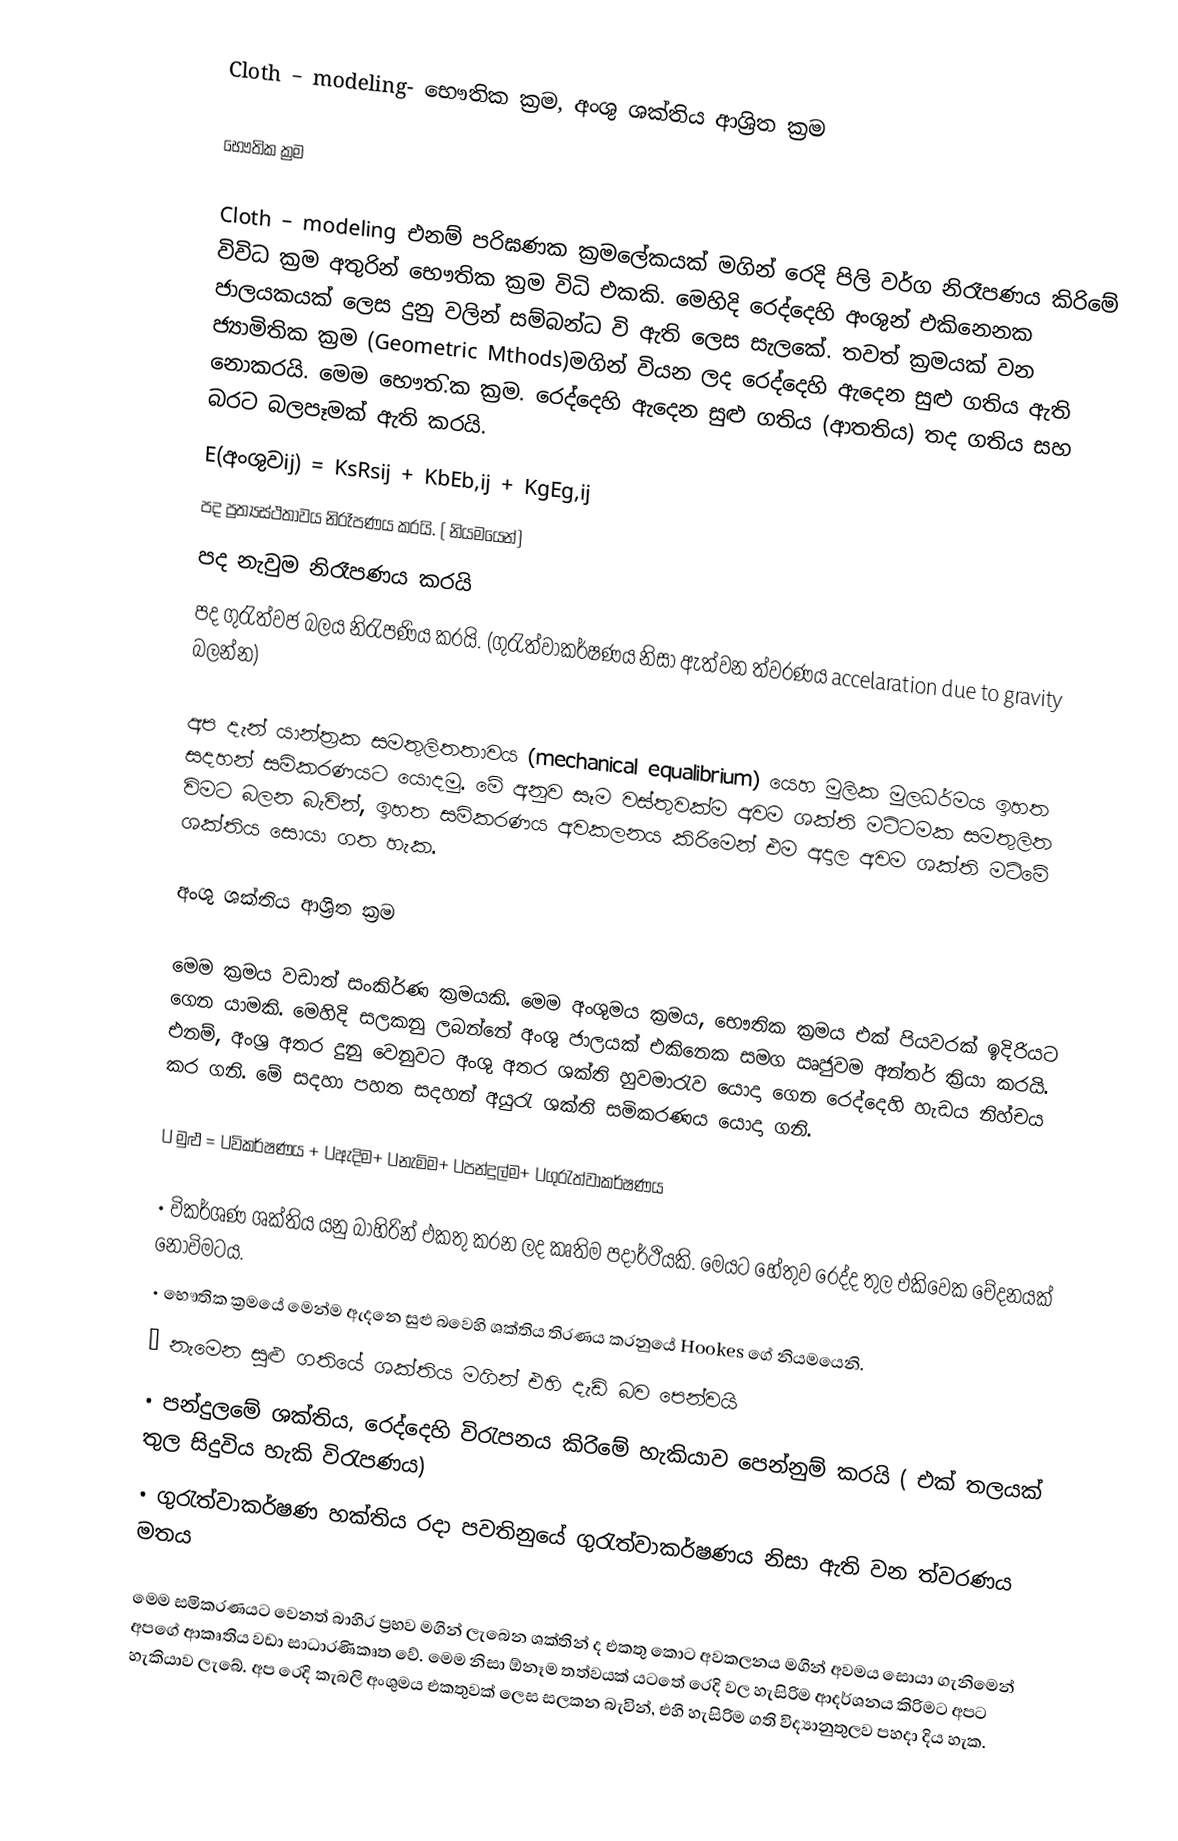
Cloth – modeling- භෞතික ක්‍රම, අංශු ශක්තිය ආශ්‍රිත ක්‍රම

භෞතික ක්‍රම

	Cloth – modeling එනම් පරිඝණක ‍ක්‍රමලේකයක් මගින් රෙදි පිලි වර්ග නිරෑපණය කිරිමේ විවිධ ක්‍රම අතුරින් භෞතික ක්‍රම විධි එකකි. මෙහිදි රෙද්දෙහි අංශුන් එකිනෙනක ජාලයකයක් ලෙස දුනු වලින් සම්බන්ධ වි ඇති ලෙස සැලකේ. තවත් ක්‍රමයක් වන ජ්‍යාමිතික ක්‍රම  (Geometric Mthods)මගින් වියන ලද රෙද්දෙහි ඇදෙන සුළු ගතිය ඇති නොකරයි. මෙම භෞත.ික ක්‍රම. රෙද්දෙහි ඇදෙන සුළු ගතිය (ආතතිය) තද ගතිය සහ බරට බලපෑමක් ඇති කරයි.
 	E(අංශුවij)  = KsRsij + KbEb,ij + KgEg,ij
පද ප්‍රත්‍යස්ථතාවය නිරෑපණය කරයි. ( නියමයෙන්)
පද නැවුම නිරෑපණය කරයි
පද ගුරැත්වජ බලය නිරැපණිය කරයි. (ගුරැත්වාකර්ෂණය නිසා ඇත්වන ත්වරණය accelaration due to gravity බලන්න)

	අප දැන් යාන්ත්‍රක සමතුලිතතාවය (mechanical equalibrium) යෙහ මුලික මුලධර්මය ඉහත සදහන් සමිකරණයට යොදමු. මේ අනුව සෑම වස්තුවක්ම අවම ශක්ති මට්ටමක සමතුලිත විමට බලන බැවින්, ඉහත සමිකරණය අවකලනය කිරිමෙන් එම අදාල අවම ශක්ති මට්මේ ශක්තිය සොයා ගත හැක.

අංශු ශක්තිය ආශ්‍රිත ක්‍රම

	මෙම ක්‍රමය වඩාත් සංකිර්ණ ක්‍රමයකි. මෙම අංශුමය ක්‍රමය, භෞතික ක්‍රමය එක් පියවරක් ඉදිරියට ගෙන යාමකි. මෙහිදි සලකනු ලබන්නේ අංශු ජාලයක් එකිනෙක සමග ඍජුවම අන්තර් ක්‍රියා කරයි. එනම්, අංශ්‍ර අතර දුනු වෙනුවට අංශු අතර ශක්ති හුවමාරැව යොදා ගෙන රෙද්දෙහි හැඩය නිහ්චය කර ගනි. මේ සදහා පහත සදහන් අයුරැ ශක්ති සමිකරණය යොදා ගනි.

U මුළු = Uවිකර්ෂණය + Uඇදිම+ Uනැමිම+ Uපන්දුල්ම+ Uගුරැත්වාකර්ෂණය

•	විකර්ශණ ශක්තිය යනු බාහිරින් එකතු කරන ලද කෘතිම පදාර්ථියකි. මෙයට හේතුව රෙද්ද තුල එකිවෙක චේදනයක් නොවිමටය.
•	භෞතික ක්‍රමයේ මෙන්ම ඇදනෙ සුළු බවෙහි ශක්තිය තිරණය කරනුයේ Hookes ගේ නියමයෙනි.
•	නැමෙන සුළු ගතියේ ශක්තිය මගින් එහි දැඩි බව පෙන්වයි
•	පන්දුලමේ ශක්තිය, රෙද්දෙහි විරැපනය කිර‍ිමේ හැකියාව පෙන්නුම් කරයි ( එක් තලයක් තුල සිදුවිය හැකි විරැපණය)
•	ගුරැත්වාකර්ෂණ හක්තිය රදා පවතිනුයේ ගුරැත්වාකර්ෂණය නිසා ඇති වන ත්වරණය මතය

මෙම සමිකරණයට වෙනත් බාහිර ප්‍රභව මගින් ලැබෙන ශක්තින් ද එකතු කොට අවකලනය මගින් ‍අවමය සොයා ගැනිමෙන් අපගේ ආකෘතිය වඩා සාධාරණිකෘත වේ. මෙම නිසා ඕනෑම තත්වයක් යටතේ රෙදි වල හැසිරිම ආදර්ශනය කිරිමට අපට හැකියාව ලැබේ. අප රෙදි කැබලි අංශුමය එකතුවක් ලෙස සලකන බැවින්, එහි හැසිරිම ගති විද්‍යානුතුලව පහදා දිය හැක.